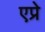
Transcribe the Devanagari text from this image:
एप्रे